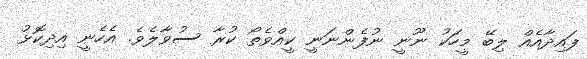
ފައިދާއެއް ލިބޭ މީހަކު ނޫނީ ނުފެންނަނީ ކީއްވެތޯ ކުރާ ސުވާލެވެ. އެހެނީ އިދިކޮޅު